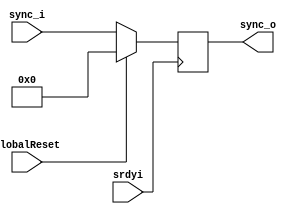
`timescale 1ns / 1ps
//////////////////////////////////////////////////////////////////////////////////
// Company: 
// Engineer: 
// 
// Design Name: 
// Module Name:    delay_sync 
// Project Name: 
// Target Devices: 
// Tool versions: 
// Description: 
//
// Dependencies: 
//
// Revision: 
// Revision 0.01 - File Created
// Additional Comments: 
//
//////////////////////////////////////////////////////////////////////////////////
module delay_sync(
 input [31:0] sync_i, 
 input srdyi, 
 output reg [31:0] sync_o,
 input GlobalReset
	);

always@(posedge srdyi)
begin
	if(GlobalReset == 0) sync_o <= sync_i;
	else if(GlobalReset == 1) sync_o <= 0;
end
endmodule